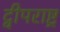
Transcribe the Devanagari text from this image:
द्वीपराष्ट्र